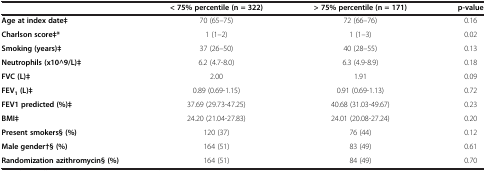
|  | < 75% percentile (n = 322) | > 75% percentile (n = 171) | p-value |
 | --- | --- | --- | --- |
 | Age at index date‡ | 70 (65–75) | 72 (66–76) | 0.16 |
 | Charlson score‡* | 1 (1–2) | 1 (1–3) | 0.02 |
 | Smoking (years)‡ | 37 (26–50) | 40 (28–55) | 0.13 |
 | Neutrophils (x10^9/L)‡ | 6.2 (4.7-8.0) | 6.3 (4.9-8.9) | 0.18 |
 | FVC (L)‡ | 2.00 | 1.91 | 0.09 |
 | FEV1 (L)‡ | 0.89 (0.69-1.15) | 0.91 (0.69-1.13) | 0.72 |
 | FEV1 predicted (%)‡ | 37.69 (29.73-47.25) | 40.68 (31.03-49.67) | 0.23 |
 | BMI‡ | 24.20 (21.04-27.83) | 24.01 (20.08-27.24) | 0.20 |
 | Present smokers§ (%) | 120 (37) | 76 (44) | 0.12 |
 | Male gender†§ (%) | 164 (51) | 83 (49) | 0.61 |
 | Randomization azithromycin§ (%) | 164 (51) | 84 (49) | 0.70 |